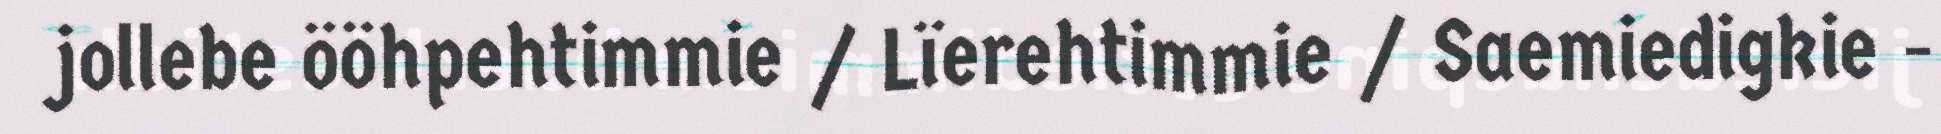
jollebe ööhpehtimmie / Lïerehtimmie / Saemiedigkie -